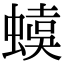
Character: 𧍩